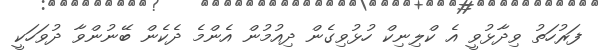
ފަރުހަތު ވިދާޅުވީ އެ ކްލިނިކް ހުޅުވިގެން ދިއުމުން އެންމެ ދެކެން ބޭނުންވާ ދުވަހަކީ